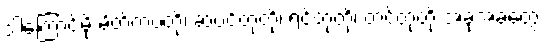
ဒါကြောင့်မို့ မိတ်ကပ်တို့၊ ဆံပင်တုတို့၊ ရင်တုတို့၊ တင်တုတို့ အခုအခံတွေ